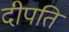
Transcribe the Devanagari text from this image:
दीपति